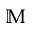
\mathbb { M }